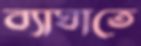
ব্যাঘাতে